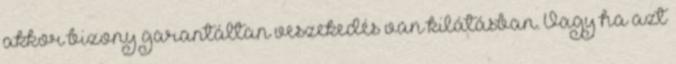
akkor bizony garantáltan veszekedés van kilátásban. Vagy ha azt